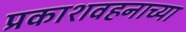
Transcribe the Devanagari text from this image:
प्रकाशवहनाच्या